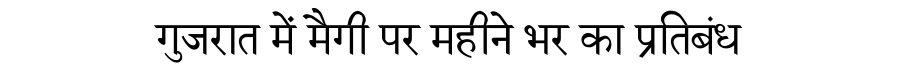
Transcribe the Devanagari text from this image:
गुजरात में मैगी पर महीने भर का प्रतिबंध